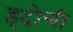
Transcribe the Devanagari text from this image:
इदोची